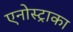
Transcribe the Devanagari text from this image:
एनोस्ट्राका